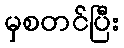
မှစတင်ပြီး